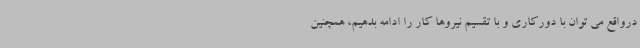
درواقع می توان با دورکاری و با تقسیم نیروها کار را ادامه بدهیم، همچنین